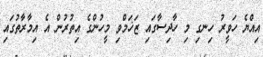
އިއްޔެ ހަވީރު ހިނގި މި ހާދިސާގައި ޒަޚަމްވި މީހުންގެ އިތުރުން އެ އިމާރާތުގައި